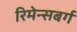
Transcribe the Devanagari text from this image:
रिमेन्सबर्ग